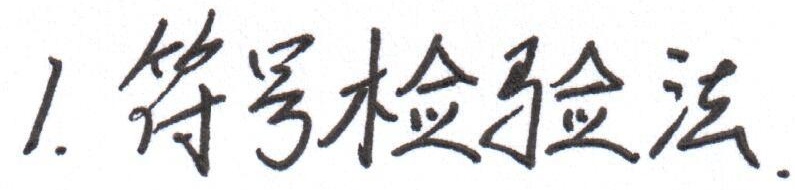
1. 符号检验法.